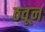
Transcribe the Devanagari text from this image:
ठवून